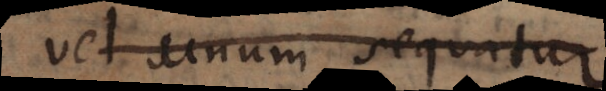
vel unum sequatur.